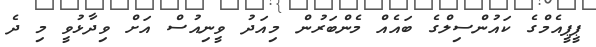
ޕީޕީއެމްގެ ކައުންސިލްގެ ބައެއް މެންބަރުން މިއަދު ވީނިއުސް އަށް ވިދާޅުވީ މި ދެ